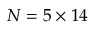
N = 5 \times 1 4